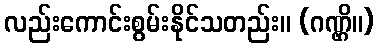
လည်းကောင်းစွမ်းနိုင်သတည်း။ (ဂဏ္ဌိ။)